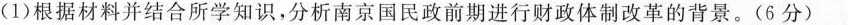
(1)根据材料并结合所学知识，分析南京国民政前期进行财政体制改革的背景。(6分)